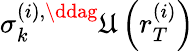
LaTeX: \sigma_{k}^{\left(i\right),\ddag}\mathfrak{U}\left(r_{T}^{\left(i\right)}\right)